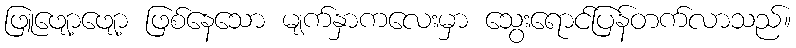
ဖြူဖျော့ဖျော့ ဖြစ်နေသော မျက်နှာကလေးမှာ သွေးရောင်ပြန်တက်လာသည်။